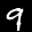
Label: 9